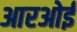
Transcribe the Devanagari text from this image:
आरओई